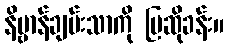
နိဗ္ဗာန်ချမ်းသာကို ပြဆိုခန်း။